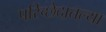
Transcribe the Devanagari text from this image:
परिच्छेदातल्या